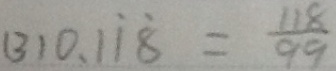
( 3 ) 0 . 1 \dot { 1 } \dot { 8 } = \frac { 1 1 8 } { 9 9 }